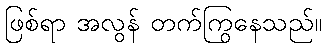
ဖြစ်ရာ အလွန် တက်ကြွနေသည်။